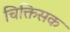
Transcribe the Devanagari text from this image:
चिक्तिसक